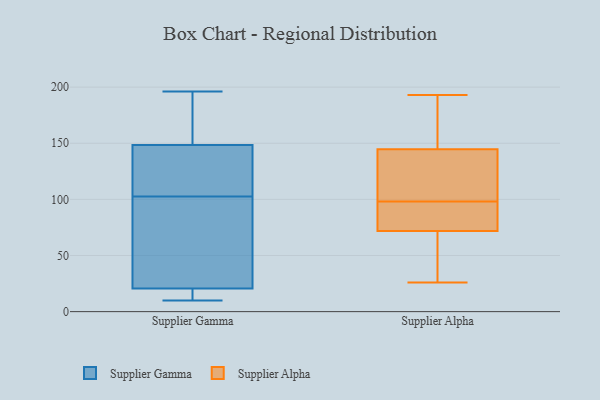
{"axis": {"x": "Demand Index", "y": "Value"}, "legend": ["Supplier Alpha", "Supplier Gamma"], "data": [{"x": "", "y": 10, "type": "Supplier Gamma"}, {"x": "", "y": 78, "type": "Supplier Gamma"}, {"x": "", "y": 94, "type": "Supplier Gamma"}, {"x": "", "y": 180, "type": "Supplier Gamma"}, {"x": "", "y": 191, "type": "Supplier Gamma"}, {"x": "", "y": 138, "type": "Supplier Gamma"}, {"x": "", "y": 154, "type": "Supplier Gamma"}, {"x": "", "y": 25, "type": "Supplier Gamma"}, {"x": "", "y": 11, "type": "Supplier Gamma"}, {"x": "", "y": 14, "type": "Supplier Gamma"}, {"x": "", "y": 16, "type": "Supplier Gamma"}, {"x": "", "y": 143, "type": "Supplier Gamma"}, {"x": "", "y": 109, "type": "Supplier Gamma"}, {"x": "", "y": 96, "type": "Supplier Gamma"}, {"x": "", "y": 111, "type": "Supplier Gamma"}, {"x": "", "y": 196, "type": "Supplier Gamma"}, {"x": "", "y": 98, "type": "Supplier Alpha"}, {"x": "", "y": 163, "type": "Supplier Alpha"}, {"x": "", "y": 26, "type": "Supplier Alpha"}, {"x": "", "y": 152, "type": "Supplier Alpha"}, {"x": "", "y": 138, "type": "Supplier Alpha"}, {"x": "", "y": 131, "type": "Supplier Alpha"}, {"x": "", "y": 193, "type": "Supplier Alpha"}, {"x": "", "y": 63, "type": "Supplier Alpha"}, {"x": "", "y": 133, "type": "Supplier Alpha"}, {"x": "", "y": 37, "type": "Supplier Alpha"}, {"x": "", "y": 89, "type": "Supplier Alpha"}, {"x": "", "y": 71, "type": "Supplier Alpha"}, {"x": "", "y": 82, "type": "Supplier Alpha"}, {"x": "", "y": 147, "type": "Supplier Alpha"}, {"x": "", "y": 74, "type": "Supplier Alpha"}]}